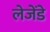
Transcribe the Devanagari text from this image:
लेजेंडे